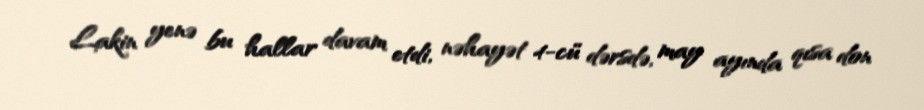
Lakin yenə bu hallar davam etdi, nəhayət 4-cü dərsdə, may ayında qısa don